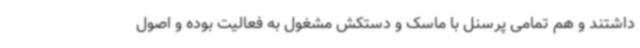
داشتند و هم تمامی پرسنل با ماسک و دستکش مشغول به فعالیت بوده و اصول